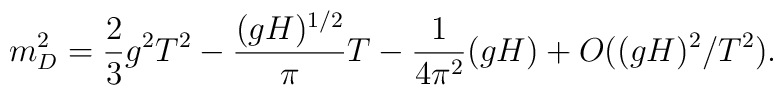
m^2_D =  \frac{2}{3}g^2 T^2 -\frac{(g H)^{1/2}}{\pi}T - \frac{1}{4\pi^2}(g H)+ O((gH)^2/T^2).